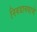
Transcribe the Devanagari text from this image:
निवडावयाचे